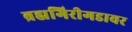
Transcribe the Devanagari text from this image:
ब्रह्मगिरीगडावर